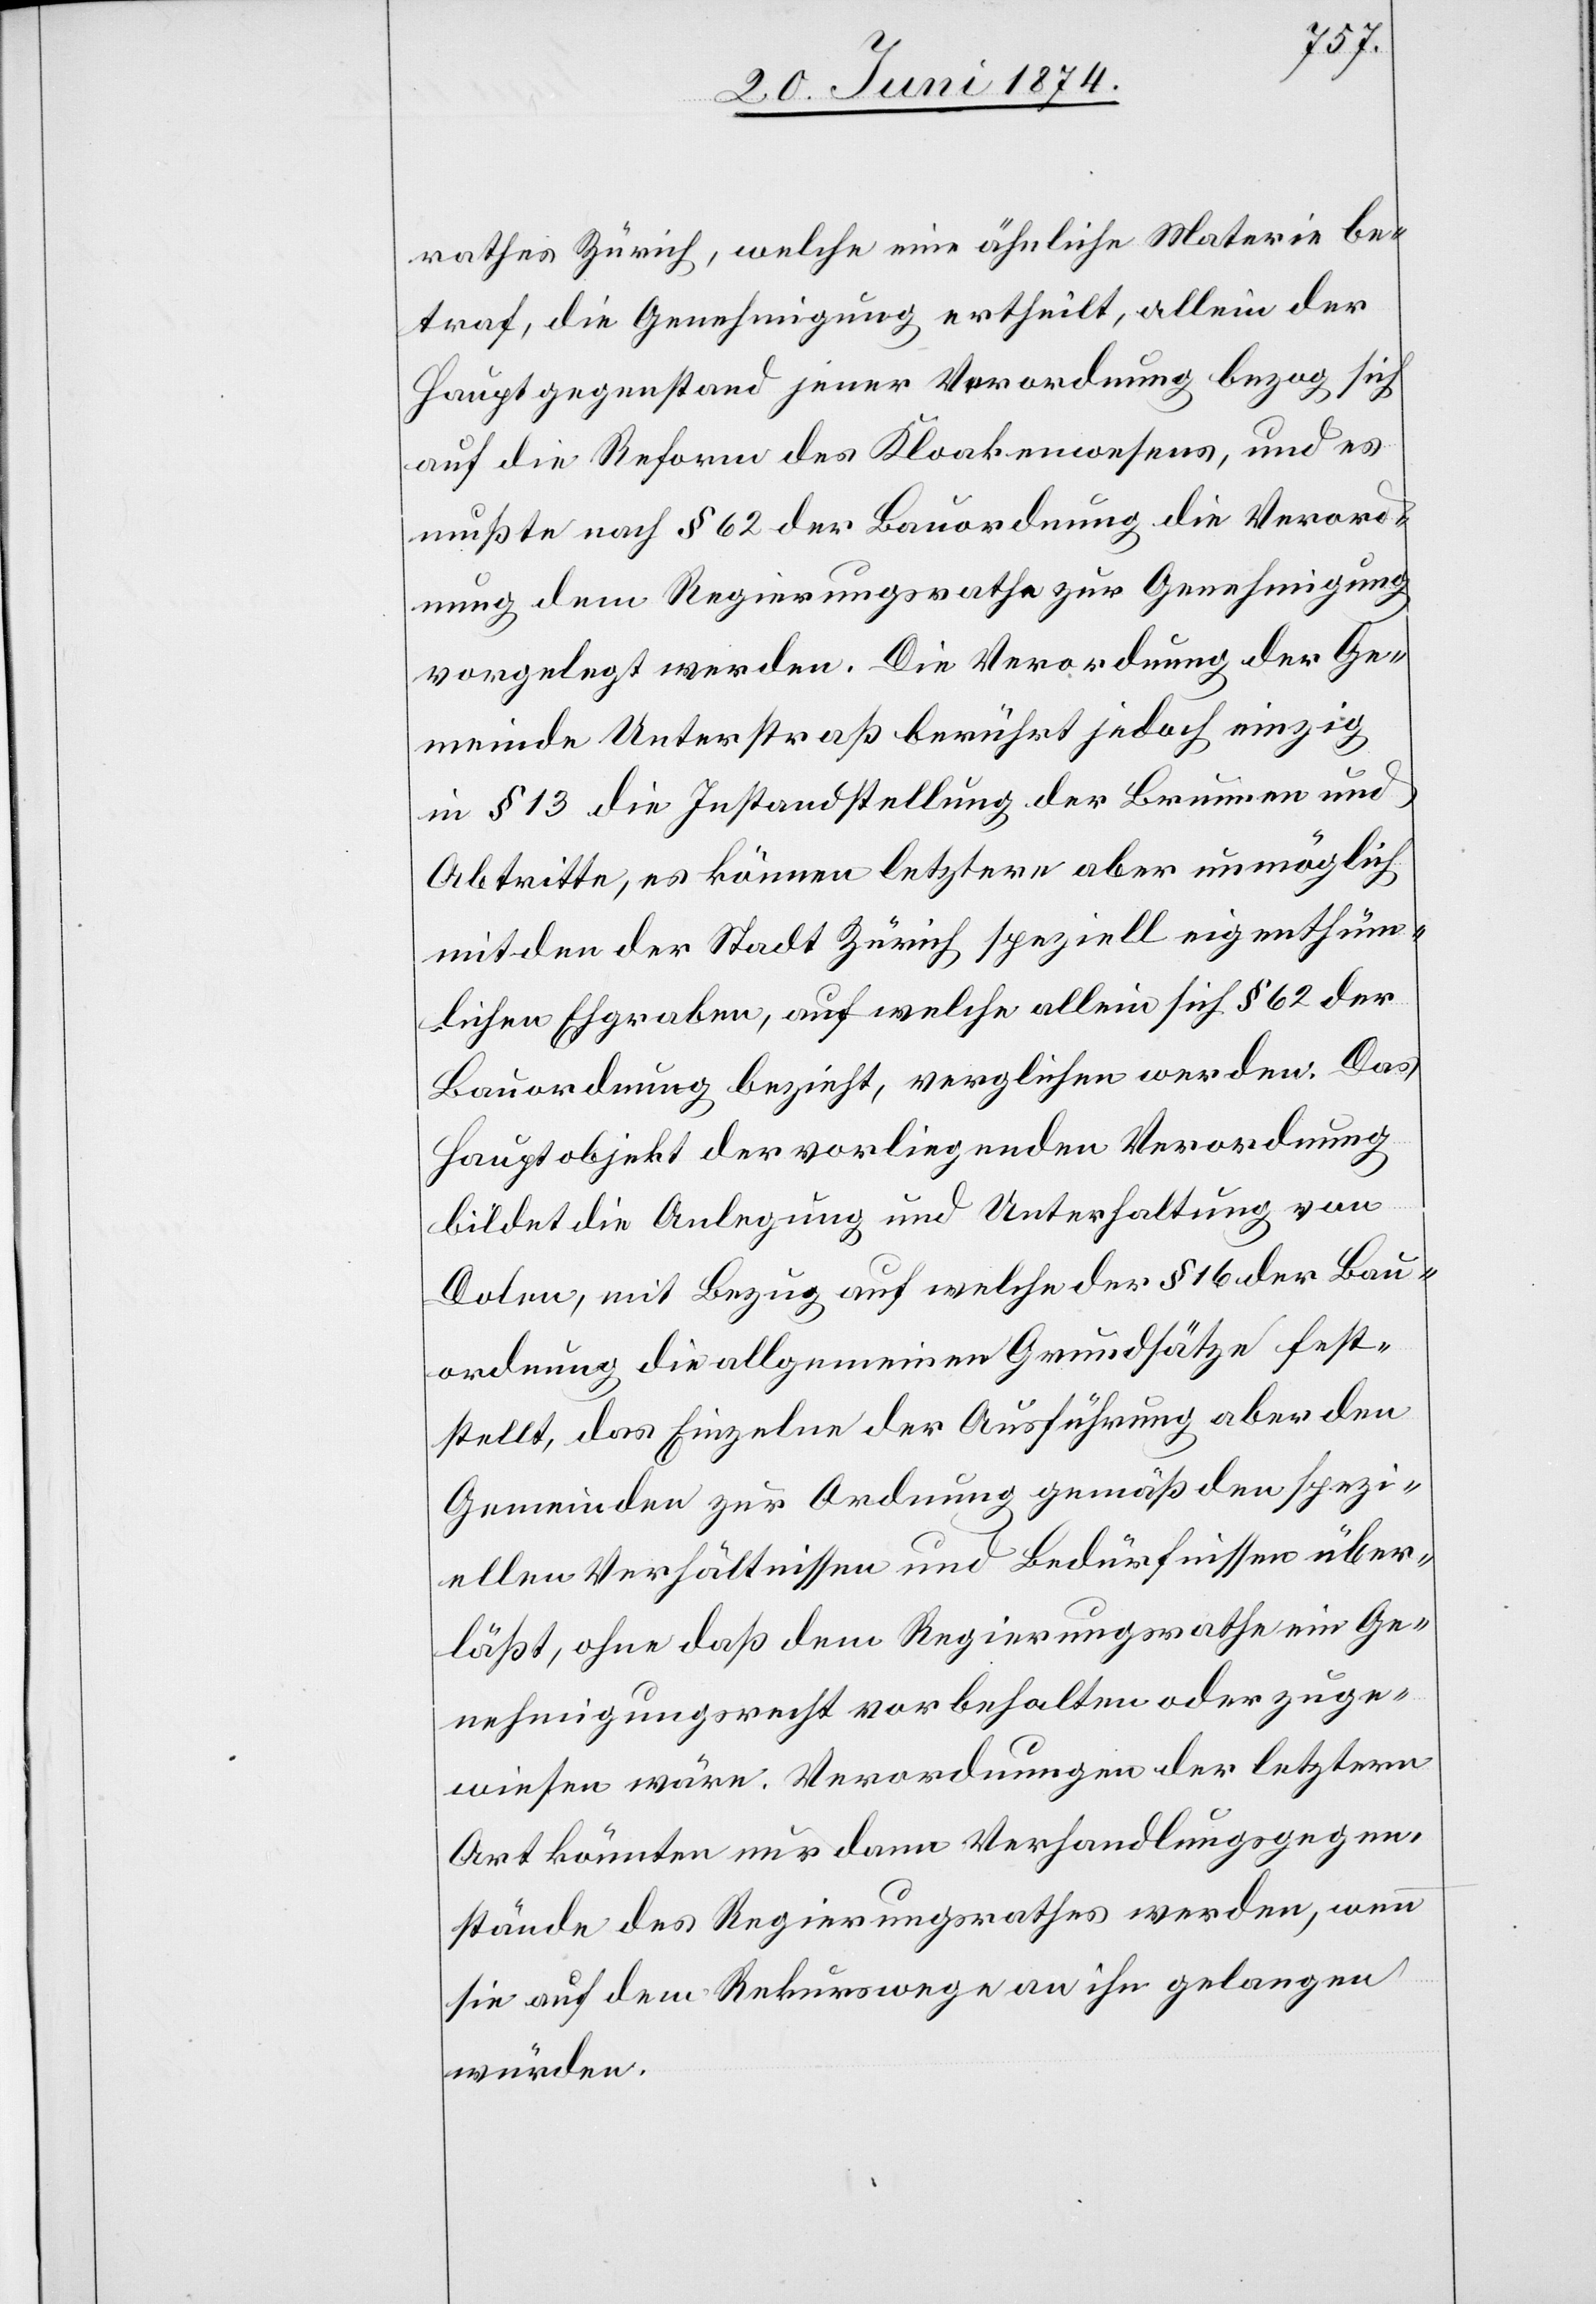
rathes Zürich, welche eine ähnliche Materie be¬
traf, die Genehmigung ertheilt, allein der
Hauptgegenstand jener Verordnung bezog sich
auf die Reform des Kloakenwesens, und es
mußte nach § 62 der Bauordnung die Verord¬
nung dem Regierungsrathe zur Genehmigung
vorgelegt werden. Die Verordnung der Ge¬
meinde Unterstraß berührt jedoch einzig
in § 13 die Instandstellung der Brunnen und
Abtritte, es können letztere aber unmöglich
mit den der Stadt Zürich speziell eigenthüm¬
lichen Ehgraben, auf welche allein sich § 62 der
Bauordnung bezieht, verglichen werden. Das
Hauptobjekt der vorliegenden Verordnung
bildet die Anlegung und Unterhaltung von
Dolen, mit Bezug auf welche der § 16 der Bau¬
ordnung die allgemeinen Grundsätze fest¬
stellt, das Einzelne der Ausführung aber den
Gemeinden zur Ordnung gemäß den spezi¬
ellen Verhältnissen und Bedürfnissen über¬
läßt, ohne daß dem Regierungsrathe ein Ge¬
nehmigungsrecht vorbehalten oder zuge¬
wiesen wäre. Verordnungen der letztern
Art könnten nur dann Verhandlungsgegen¬
stände des Regierungsrathes werden, wenn
sie auf dem Rekurswege an ihn gelangen
würden.